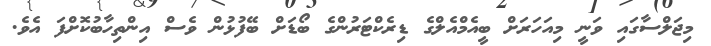
މިޖަލްސާގައި ވަނީ މިއަހަރަށް ބީއެމްއެލްގެ ޑިރެކްޓަރުންގެ ބޯޑަށް ބޭފުޅުން ވެސް އިންތިހާބުކޮށްފަ އެވެ.